Indian journal of veterinary science and animal husbandry - Volumes 18-21, 1948-1951
Year: 1948
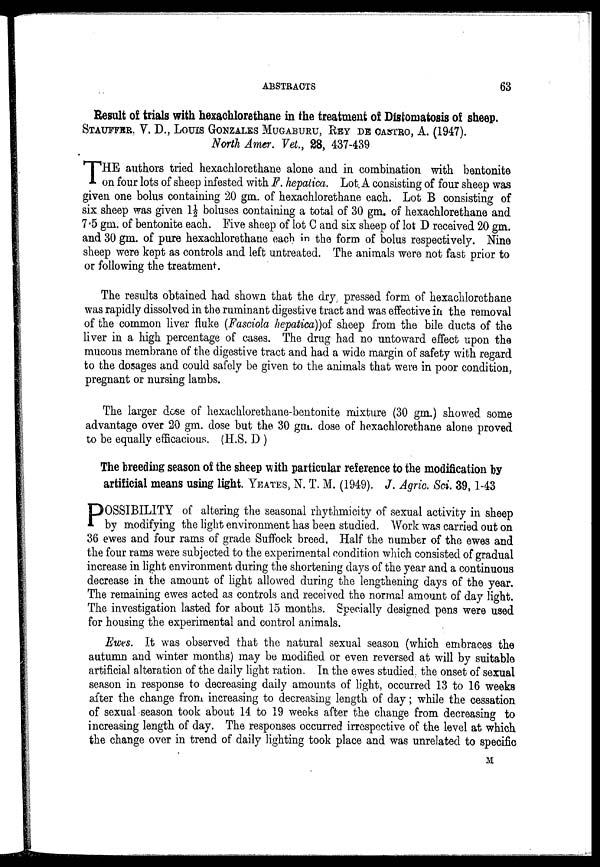
ABSTRACTS
63
Result of trials with hexachlorethane in the treatment of Distomatosis of sheep.
STAUFFRR. V. D., LOUIS GONZALES MUGABURU, REY DE CASTRO, A. (1947).
North Amer. Vet., 28, 437-439
T HE authors tried hexachlorethane alone and in combination with bentonite
on four lots of sheep infested with F. hepalica. Lot. A consisting of four sheep was
given one bolus containing 20 gm. of hexachlorethane each. Lot B consisting of
six sheep was given 1½ boluses containing a total of 30 gm. of hexachlorethane and
7.5 gm. of bentonite each. Five sheep of lot C and six sheep of lot D received 20 gm.
and 30 gm. of pure hexachlorethane each in the form of bolus respectively. Nine
sheep were kept as controls and left untreated. The animals were not fast prior to
or following the treatment.
The results obtained had shown that the dry pressed form of hexachlorothane
was rapidly dissolved in the ruminant digestive tract and was effective in the removal
of the common liver fluke (Fasciola hepatica))of sheep from the bile ducts of the
liver in a high percentage of cases. The drug had no untoward effect upon the
mucous membrane of the digestive tract and had a wide margin of safety with regard
to the dosages and could safely be given to the animals that were in poor condition,
pregnant or nursing lambs.
The larger dose of hexachlorethane-bentonite mixture (30 gm.) showed some
advantage over 20 gm. dose but the 30 gm. dose of hexachlorethane alone proved
to be equally efficacious. (H.S. D )
The breeding season of the sheep with particular reference to the modification by
artificial means using light. YEATES, N. T. M. (1949). J. Agric. Sci. 39, 1-43
P OSSIBILITY of altering the seasonal rhythmicity of sexual activity in sheep
by modifying the light environment has been studied. Work was carried out on
36 ewes and four rams of grade Suffock breed. Half the number of the ewes and
the four rams were subjected to the experimental condition which consisted of gradual
increase in light environment during the shortening days of the year and a continuous
decrease in the amount of light allowed during the lengthening days of the year.
The remaining ewes acted as controls and received the normal amount of day light.
The investigation lasted for about 15 months. Specially designed pens were used
for housing the experimental and control animals.
Ewes. It was observed that the natural sexual season (which embraces the
autumn and winter months) may be modified or even reversed at will by suitable
artificial alteration of the daily light ration. In the ewes studied, the onset of sexual
season in response to decreasing daily amounts of light, occurred 13 to 16 weeks
after the change from increasing to decreasing length of day; while the cessation
of sexual season took about 14 to 19 weeks after the change from decreasing to
increasing length of day. The responses occurred irrespective of the level at which
the change over in trend of daily lighting took place and was unrelated to specific
M